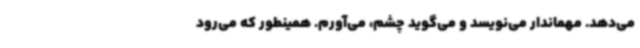
می‌دهد. مهماندار می‌نویسد و می‌گوید چشم، می‌آورم. همینطور که می‌رود